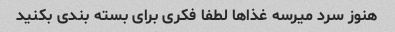
هنوز سرد میرسه غذاها لطفا فکری برای بسته بندی بکنید